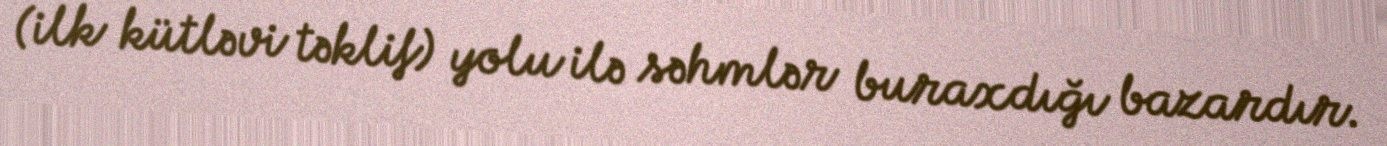
(ilk kütləvi təklif) yolu ilə səhmlər buraxdığı bazardır.